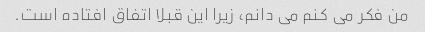
من فکر می کنم می دانم، زیرا این قبلا اتفاق افتاده است.